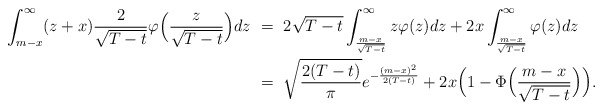
\begin{align*}\int_{m-x}^\infty (z+x) \frac{2}{\sqrt{T-t}} \varphi\Big(\frac{z}{\sqrt{T-t}}\Big) dz \ &= \ 2\sqrt{T-t}\int_{\frac{m-x}{\sqrt{T-t}}}^\infty z\varphi(z) dz + 2x \int_{\frac{m-x}{\sqrt{T-t}}}^\infty \varphi(z) dz \\&= \ \sqrt{\frac{2(T-t)}{\pi}} e^{-\frac{(m-x)^2}{2(T-t)}} + 2x \Big(1 - \Phi\Big(\frac{m-x}{\sqrt{T-t}}\Big)\Big).\end{align*}